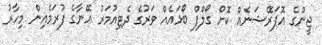
ޖީންގެ އޮޕަރޭޝަނެއް ކޮށް ގޯލްފް ބޯޅައެއް ވަރުގެ ދެޓިއުމަރު އޭނާގެ ފުރަމެއިން މިހާރު